Calcutta medical institutions reports 1879-81 [i.e.91]
Year: 1879
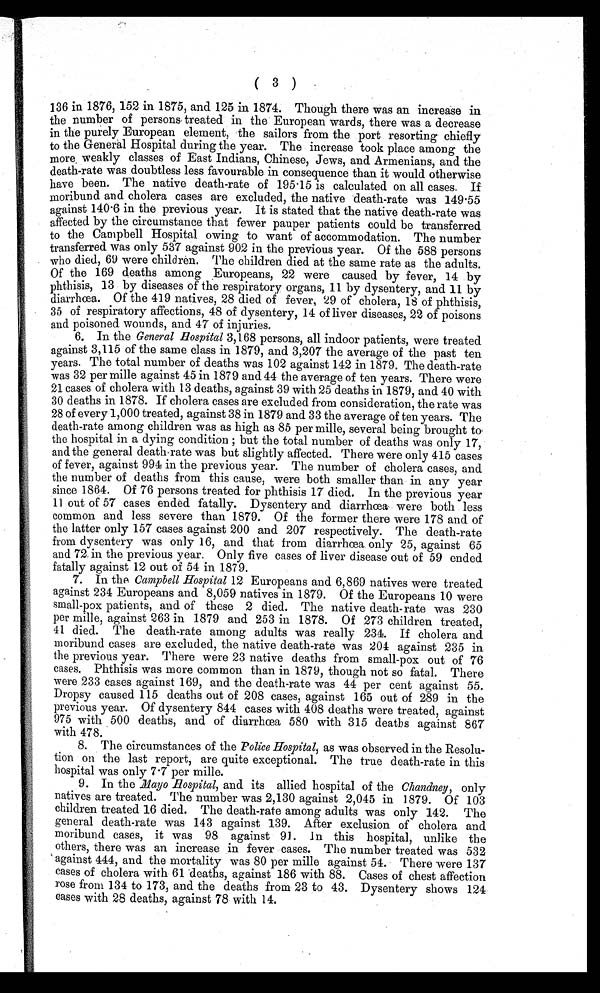
( 3 )
136 in 1876, 152 in 1875, and 125 in 1874. Though there was an increase in
the number of persons treated in the European wards, there was a decrease
in the purely European element, the sailors from the port resorting chiefly
to the General Hospital during the year. The increase took place among the
more weakly classes of East Indians, Chinese, Jews, and Armenians, and the
death-rate was doubtless less favourable in consequence than it would otherwise
have been. The native death-rate of 195.15 is calculated on all cases. If
moribund and cholera cases are excluded, the native death-rate was 149.55
against 140.6 in the previous year. It is stated that the native death-rate was
affected by the circumstance that fewer pauper patients could be transferred
to the Campbell Hospital owing to want of accommodation. The number
transferred was only 537 against 902 in the previous year. Of the 588 persons
who died, 69 were children. The children died at the same rate as the adults.
Of the 169 deaths among Europeans, 22 were caused by fever, 14 by
phthisis, 13 by diseases of the respiratory organs, 11 by dysentery, and 11 by
diarrhœa. Of the 419 natives, 28 died of fever, 29 of cholera, 18 of phthisis,
35 of respiratory affections, 48 of dysentery, 14 of liver diseases, 22 of poisons
and poisoned wounds, and 47 of injuries.
6. In the General Hospital 3,168 persons, all indoor patients, were treated
against 3,115 of the same class in 1879, and 3,207 the average of the past ten
years. The total number of deaths was 102 against 142 in 1879. The death-rate
was 32 per mille against 45 in 1879 and 44 the average of ten years. There were
21 cases of cholera with 13 deaths, against 39 with 25 deaths in 1879, and 40 with
30 deaths in 1878. If cholera cases are excluded from consideration, the rate was
28 of every 1,000 treated, against 38 in 1879 and 33 the average of ten years. The
death-rate among children was as high as 85 per mille, several being brought to'
the hospital in a dying condition ; but the total number of deaths was only 17,
and the general death-rate was but slightly affected. There were only 415 cases
of fever, against 994 in the previous year. The number of cholera cases, and
the number of deaths from this cause, were both smaller than in any year
since 1864. Of 76 persons treated for phthisis 17 died. In the previous year
11 out of 57 cases ended fatally. Dysentery and diarrhœa were both less
common and less severe than 1879. Of the former there were 178 and of
the latter only 157 cases against 200 and 207 respectively. The death-rate
from dysentery was only 16, and that from diarrhœa only 25, against 65
and 72 in the previous year. Only five cases of liver disease out of 59 ended
fatally against 12 out of 54 in 1879.
7. In the Campbell Hospital 12 Europeans and 6,869 natives were treated
against 234 Europeans and 8,059 natives in 1879. Of the Europeans 10 were
small-pox patients, and of these 2 died. The native death-rate was 230
per mille, against 263 in 1879 and 253 in 1878. Of 273 children treated,
41 died. The death-rate among adults was really 234. If cholera and
moribund cases are excluded, the native death-rate was 204 against 235 in
the previous year. There were 23 native deaths from small-pox out of 76
cases. Phthisis was more common than in 1879, though not so fatal. There
were 233 cases against 169, and the death-rate was 44 per cent against 55.
Dropsy caused 115 deaths out of 208 cases, against 165 out of 289 in the
previous year. Of dysentery 844 cases with 408 deaths were treated, against
975 with 500 deaths, and of diarrhoea 580 with 315 deaths against 867
with 478.
8. The circumstances of the Police Hospital, as was observed in the Resolu-
tion on the last report, are quite exceptional. The true death-rate in this
hospital was only 7.7 per mille.
9. In the Mayo Hospital, and its allied hospital of the Chandney, , only
natives are treated. The number was 2,130 against 2,045 in 1879. Of 103
children treated 16 died. The death-rate among adults was only 142. The
general death-rate was 143 against 139. After exclusion of cholera and
moribund cases, it was 98 against 91. In this hospital, unlike the
others, there was an increase in fever cases. The number treated was 532
against 444, and the mortality was 80 per mille against 54. There were 137
cases of cholera with 61 deaths, against 186 with 88. Cases of chest affection
rose from 134 to 173, and the deaths from 23 to 43. Dysentery shows 124
c a s e s w i t h 2 8 d e a t h s , a g a i n s t 7 8 w i t h 1 4 .